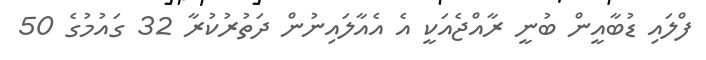
ފްލައި ޑުބާއީން ބުނީ ރާއްޖެއަކީ އެ އެއާލައިނުން ދަތުރުކުރާ 32 ގައުމުގެ 50